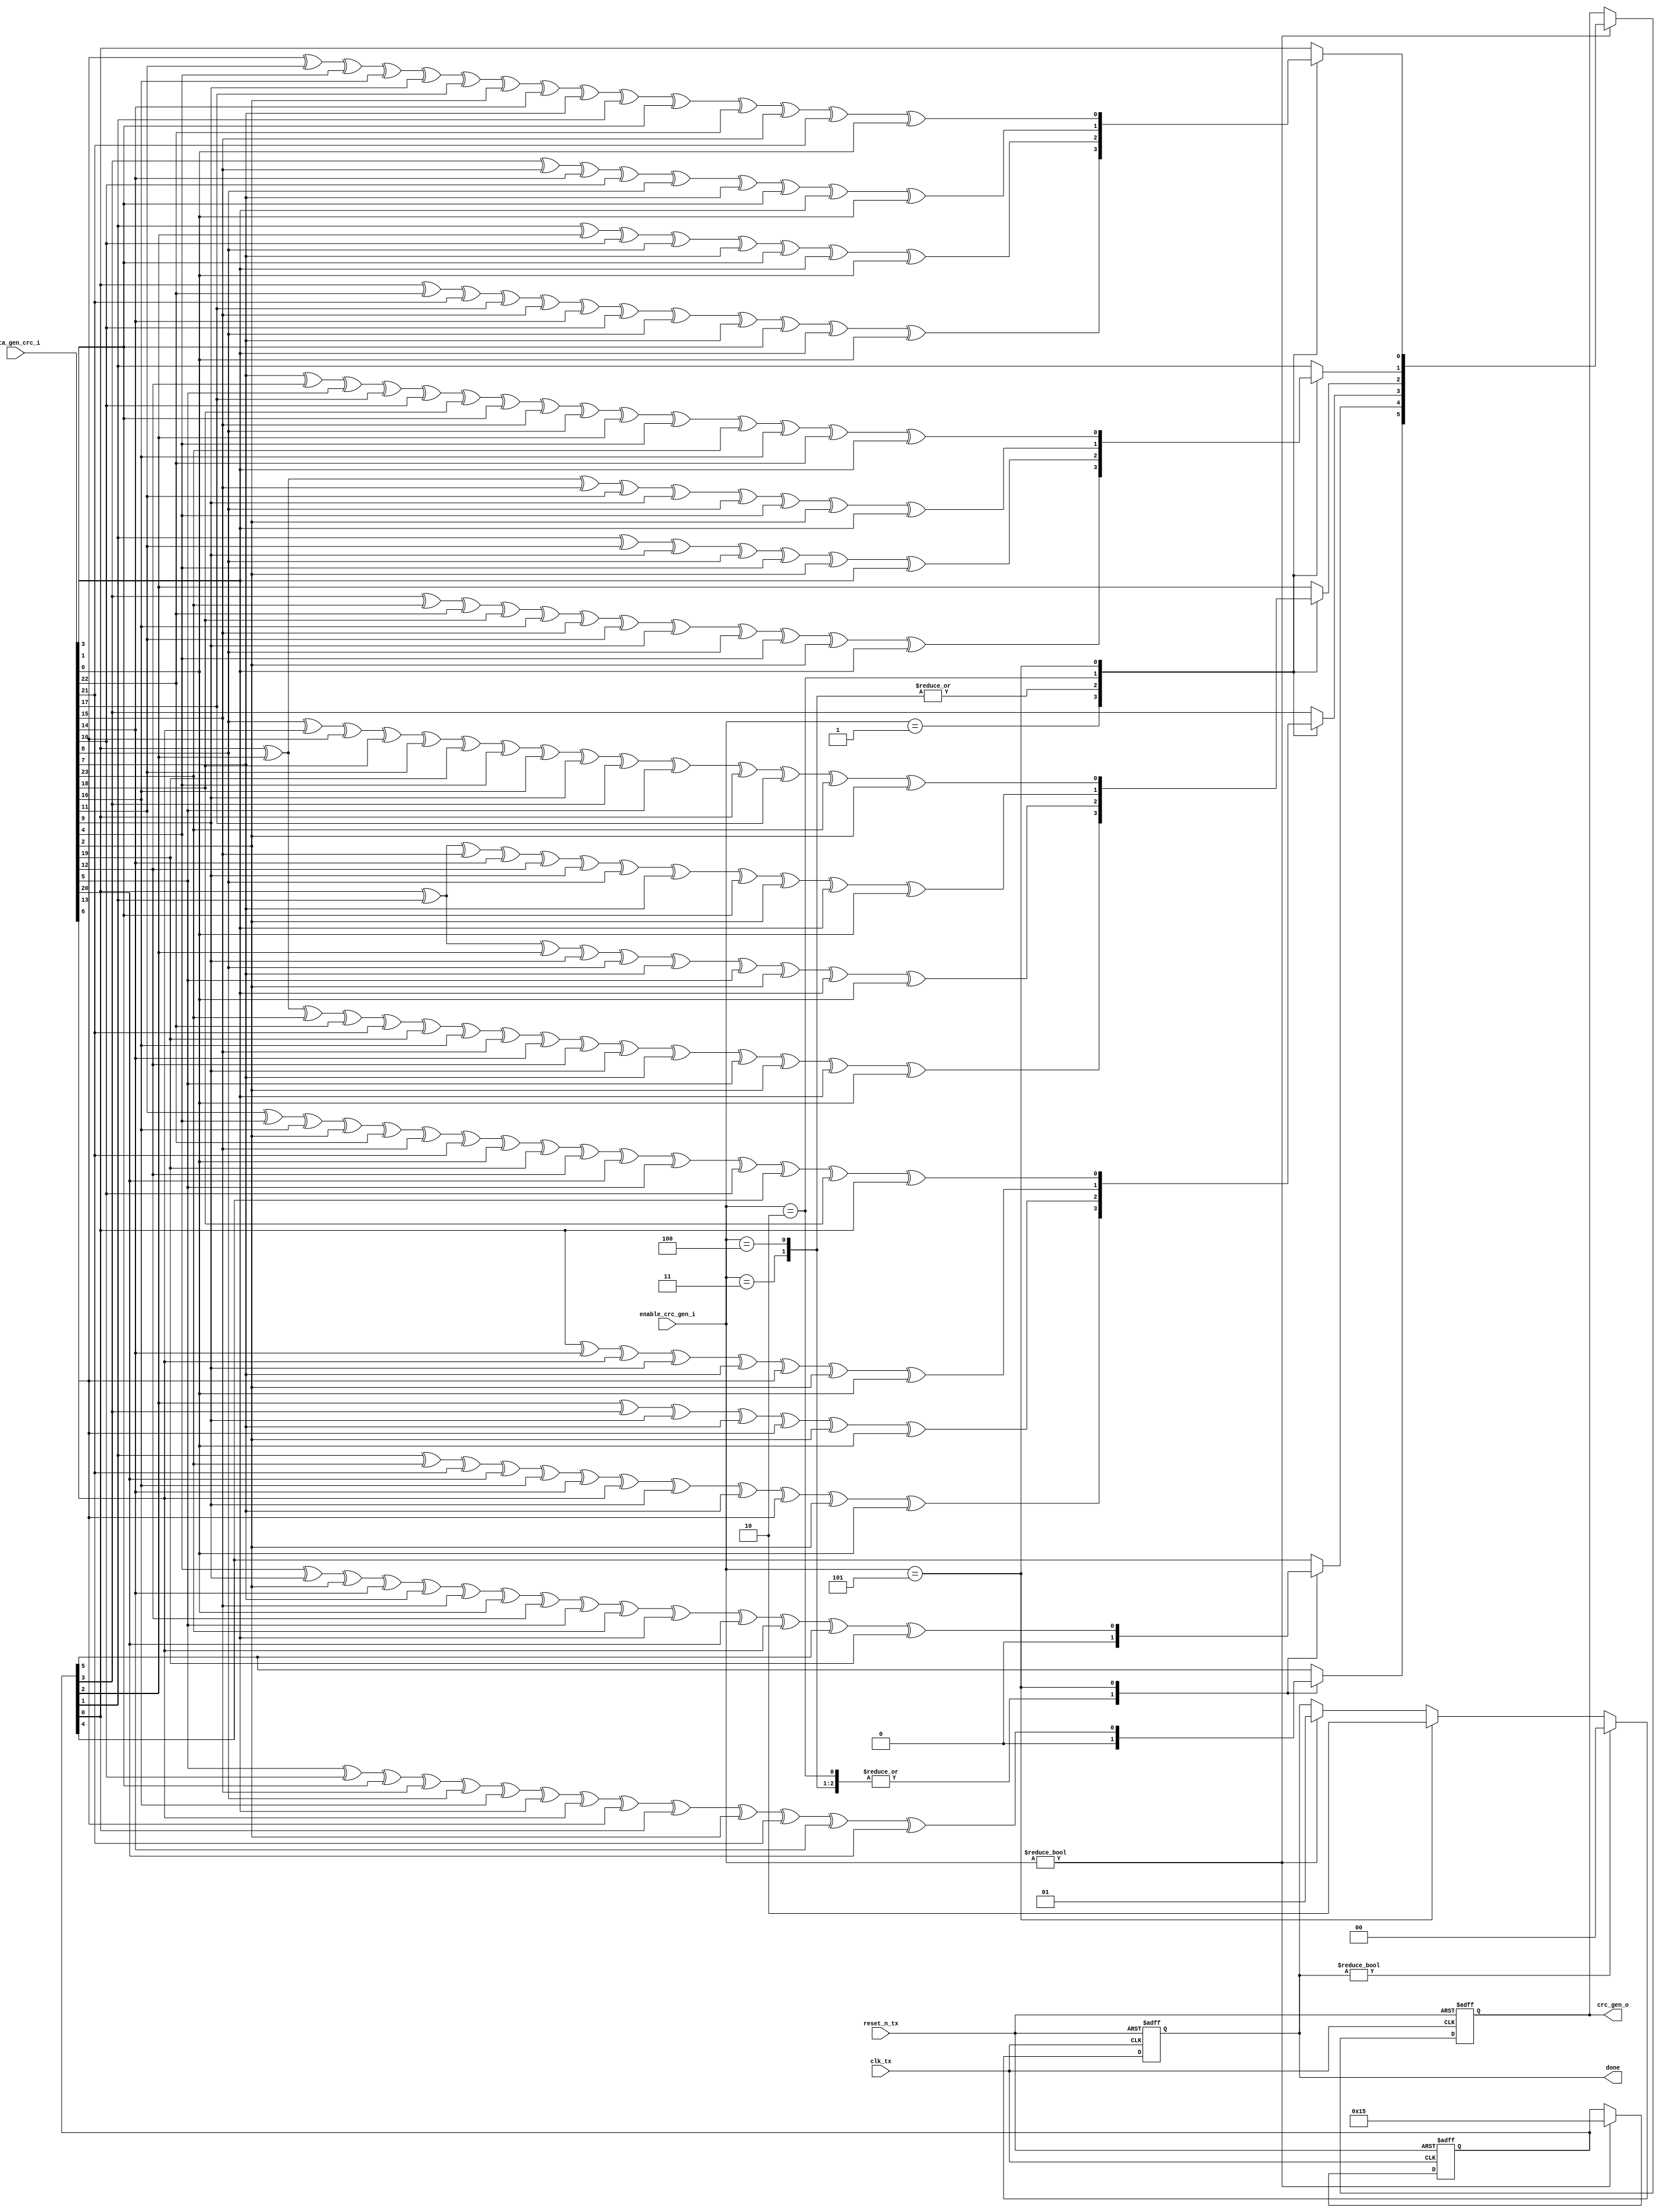
module sent_tx_crc_gen(
	//reset_n_tx
	input clk_tx,
	input reset_n_tx,

	//signals to control block
	input [2:0] enable_crc_gen_i,
	input [23:0] data_gen_crc_i,
	output reg [5:0] crc_gen_o,
	output reg [1:0] done
	);

	reg [5:0] lfsr_q; //current state
	reg [5:0] lfsr_c; //next state
	always @(*) begin
		case(enable_crc_gen_i)
		3'b001: begin
			lfsr_c[0] = lfsr_q[0] ^ data_gen_crc_i[22] ^ data_gen_crc_i[21] ^ data_gen_crc_i[17] ^ 
				data_gen_crc_i[15] ^ data_gen_crc_i[14] ^ data_gen_crc_i[10] ^ data_gen_crc_i[8] ^
				data_gen_crc_i[7] ^ data_gen_crc_i[3] ^ data_gen_crc_i[1] ^ data_gen_crc_i[0];

			lfsr_c[1] = lfsr_q[3] ^ data_gen_crc_i[23] ^ data_gen_crc_i[22] ^ data_gen_crc_i[18] ^ 
					data_gen_crc_i[16] ^ data_gen_crc_i[15] ^ data_gen_crc_i[11] ^ data_gen_crc_i[9] ^ 
					data_gen_crc_i[8] ^ data_gen_crc_i[4] ^ data_gen_crc_i[2] ^ data_gen_crc_i[1]; 

			lfsr_c[2] = lfsr_q[0] ^ lfsr_q[2] ^ data_gen_crc_i[23] ^ data_gen_crc_i[22] ^ data_gen_crc_i[21] ^ 
					data_gen_crc_i[19] ^ data_gen_crc_i[16] ^ data_gen_crc_i[15] ^ data_gen_crc_i[14] ^ 
					data_gen_crc_i[12] ^ data_gen_crc_i[9] ^ data_gen_crc_i[7] ^ data_gen_crc_i[5] ^
					data_gen_crc_i[2] ^ data_gen_crc_i[1] ^ data_gen_crc_i[0]; 
	
			lfsr_c[3] =  lfsr_q[1] ^ data_gen_crc_i[23] ^ data_gen_crc_i[21] ^ data_gen_crc_i[20] ^ 
					data_gen_crc_i[16] ^ data_gen_crc_i[14] ^ data_gen_crc_i[13] ^ data_gen_crc_i[9] ^ 
					data_gen_crc_i[7] ^ data_gen_crc_i[6] ^ data_gen_crc_i[2] ^ data_gen_crc_i[0];
			lfsr_c[5:4] = 2'b00;
		end
		//check lai
		3'b100, 3'b011: begin
			lfsr_c[0] = lfsr_q[1] ^ lfsr_q[2] ^ data_gen_crc_i[10] ^ data_gen_crc_i[8] ^ 
					data_gen_crc_i[7] ^ data_gen_crc_i[3] ^ data_gen_crc_i[1] ^ data_gen_crc_i[0] ;

			lfsr_c[1] = lfsr_q[1] ^ data_gen_crc_i[11] ^ data_gen_crc_i[9] ^ data_gen_crc_i[8] ^ 
					data_gen_crc_i[4] ^ data_gen_crc_i[2] ^ data_gen_crc_i[1] ;

			lfsr_c[2] = lfsr_q[0] ^ lfsr_q[1] ^ lfsr_q[2] ^ data_gen_crc_i[9] ^ data_gen_crc_i[8] ^ 
					data_gen_crc_i[7] ^ data_gen_crc_i[5] ^ data_gen_crc_i[2] ^ data_gen_crc_i[1] ^ data_gen_crc_i[0]  ;
	
			lfsr_c[3] =  lfsr_q[2] ^ lfsr_q[3] ^ data_gen_crc_i[9] ^ data_gen_crc_i[7] ^ 
					data_gen_crc_i[6] ^ data_gen_crc_i[2] ^ data_gen_crc_i[0];
			lfsr_c[5:4] = 2'b00;
		end
		3'b010: begin
			lfsr_c[0] = lfsr_q[3] ^ data_gen_crc_i[15] ^ data_gen_crc_i[14] ^ data_gen_crc_i[10] ^ data_gen_crc_i[8] 
					^ data_gen_crc_i[7] ^ data_gen_crc_i[3] ^ data_gen_crc_i[1] ^ data_gen_crc_i[0] ;

			lfsr_c[1] = lfsr_q[0] ^ lfsr_q[2] ^ data_gen_crc_i[15] ^ data_gen_crc_i[11] ^ data_gen_crc_i[9] 
					^ data_gen_crc_i[8] ^ data_gen_crc_i[4] ^ data_gen_crc_i[2] ^ data_gen_crc_i[1]; 

			lfsr_c[2] = lfsr_q[0] ^ lfsr_q[1] ^ data_gen_crc_i[15] ^ data_gen_crc_i[14] ^ data_gen_crc_i[12] 
					^ data_gen_crc_i[9] ^ data_gen_crc_i[8] ^ data_gen_crc_i[7] ^ data_gen_crc_i[3] 
					^ data_gen_crc_i[2] ^ data_gen_crc_i[1] ^ data_gen_crc_i[0]; 
	
			lfsr_c[3] =  lfsr_q[0] ^ data_gen_crc_i[14] ^ data_gen_crc_i[13] ^ data_gen_crc_i[9] 
					^ data_gen_crc_i[7] ^ data_gen_crc_i[6] ^ data_gen_crc_i[2] ^ data_gen_crc_i[0];
			lfsr_c[5:4] = 2'b00;
		end
		3'b101: begin
			lfsr_c[0] = data_gen_crc_i[6] ^ data_gen_crc_i[11] ^ data_gen_crc_i[4] ^ data_gen_crc_i[16] ^ data_gen_crc_i[9] ^ data_gen_crc_i[17] ^ data_gen_crc_i[2] ^ data_gen_crc_i[14] ^ data_gen_crc_i[7] ^ lfsr_q[1] ^ data_gen_crc_i[3] ^ data_gen_crc_i[22] ^ data_gen_crc_i[15] ^ data_gen_crc_i[21] ^ data_gen_crc_i[0] ;
			lfsr_c[1] = data_gen_crc_i[7] ^ data_gen_crc_i[12] ^ data_gen_crc_i[5] ^ data_gen_crc_i[17] ^ data_gen_crc_i[10] ^ data_gen_crc_i[18] ^ data_gen_crc_i[3] ^ data_gen_crc_i[15] ^ data_gen_crc_i[8] ^ lfsr_q[2] ^ data_gen_crc_i[4] ^ data_gen_crc_i[23] ^ data_gen_crc_i[16] ^ data_gen_crc_i[22] ^ data_gen_crc_i[1] ;
			lfsr_c[2] = data_gen_crc_i[8] ^ data_gen_crc_i[13] ^ data_gen_crc_i[6] ^ data_gen_crc_i[18] ^ data_gen_crc_i[11] ^ data_gen_crc_i[19] ^ data_gen_crc_i[4] ^ data_gen_crc_i[16] ^ data_gen_crc_i[9] ^ lfsr_q[3] ^ data_gen_crc_i[5] ^ lfsr_q[0] ^ data_gen_crc_i[17] ^ data_gen_crc_i[23] ^ data_gen_crc_i[2] ;
			lfsr_c[3] = data_gen_crc_i[11] ^ data_gen_crc_i[4] ^ data_gen_crc_i[16] ^ data_gen_crc_i[2] ^ data_gen_crc_i[22] ^ data_gen_crc_i[15] ^ data_gen_crc_i[21] ^ data_gen_crc_i[0] ^ data_gen_crc_i[19] ^ data_gen_crc_i[12] ^ data_gen_crc_i[20] ^ data_gen_crc_i[5] ^ data_gen_crc_i[10] ^ lfsr_q[4] ^ data_gen_crc_i[18] ^ lfsr_q[0] ;
			lfsr_c[4] = data_gen_crc_i[4] ^ data_gen_crc_i[9] ^ data_gen_crc_i[2] ^ data_gen_crc_i[14] ^ data_gen_crc_i[7] ^ data_gen_crc_i[15] ^ data_gen_crc_i[0] ^ data_gen_crc_i[12] ^ data_gen_crc_i[5] ^ data_gen_crc_i[23] ^ data_gen_crc_i[1] ^ data_gen_crc_i[20] ^ data_gen_crc_i[13] ^ lfsr_q[5] ^ data_gen_crc_i[19] ;
			lfsr_c[5] = data_gen_crc_i[5] ^ data_gen_crc_i[10] ^ data_gen_crc_i[3] ^ data_gen_crc_i[15] ^ data_gen_crc_i[8] ^ data_gen_crc_i[16] ^ data_gen_crc_i[1] ^ data_gen_crc_i[13] ^ data_gen_crc_i[6] ^ lfsr_q[0] ^ data_gen_crc_i[2] ^ data_gen_crc_i[21] ^ data_gen_crc_i[14] ^ data_gen_crc_i[20] ;
		end			
		default: lfsr_c = lfsr_q;
		endcase
	end

	always @(posedge clk_tx or negedge reset_n_tx) begin
		if(!reset_n_tx) begin
			lfsr_q <= 6'b010101;
			crc_gen_o <=0;
			done <= 0;
		end
		else begin
			if(enable_crc_gen_i != 0) begin
				crc_gen_o <= lfsr_c;
				lfsr_q <= 6'b010101;
				done <= 1;
			end
			if(enable_crc_gen_i == 3'b101) begin
				done <= 2'b10;
			end
			if(done != 0) done <= 0;
		end
	end
	
endmodule